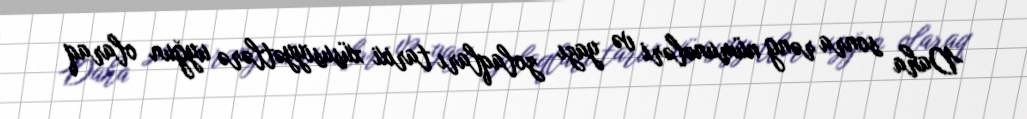
Daha sonra rəng nümunələri və yazı zolaqları tarixi xüsusiyyətlərə uyğun olaraq